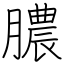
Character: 膿